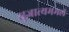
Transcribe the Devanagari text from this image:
सुजात्यममलं